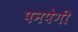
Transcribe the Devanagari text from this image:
पनपेगी